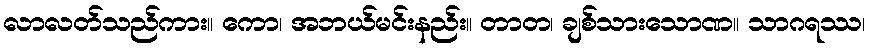
လာလတ်သည်ကား။ ကော၊ အဘယ်မင်းနည်း။ တာတ၊ ချစ်သားသောဏ။ သာဂရဿ၊